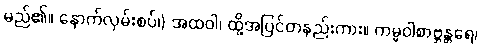
မည်၏။ နောက်လှမ်းစပ်၊) အထဝါ၊ ထို့အပြင်တနည်းကား။ ကမ္မဝါစာဗ္ဘန္တရေ၊